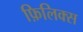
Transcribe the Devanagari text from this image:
फ़िलिक्स